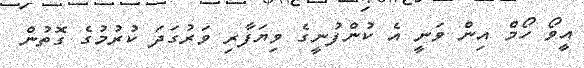
އީވޯ ހޯމް އިން ވަނީ އެ ކުންފުނީގެ ވިޔަފާރި ވަރުގަދަ ކުރުމުގެ ގޮތުން